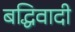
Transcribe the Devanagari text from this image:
बद्धिवादी